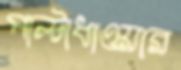
পাল্টাধাওয়ার